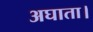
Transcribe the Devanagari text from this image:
अघाता।